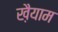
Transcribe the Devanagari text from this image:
ख़ैयाम